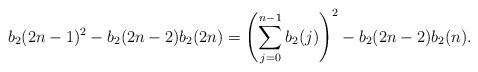
LaTeX: \begin{align*}b_2(2n-1)^2-b_2(2n-2)b_2(2n)=\left(\sum_{j=0}^{n-1} b_2(j)\right)^2-b_2(2n-2)b_2(n).\end{align*}